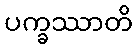
ပက္ခဿာတိ